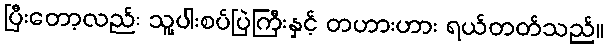
ပြီးတော့လည်း သူ့ပါးစပ်ပြဲကြီးနှင့် တဟားဟား ရယ်တတ်သည်။